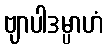
ဗျာပါဒမ္ပာဟံ